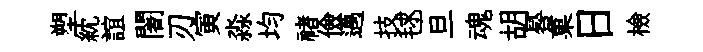
塑紞誼闍刃寅淼均禇儉邁技毬旦魂胡晷菓日檢